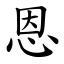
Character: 恩